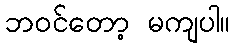
ဘဝင်တော့ မကျပါ။